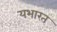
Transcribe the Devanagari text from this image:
यभारत